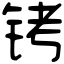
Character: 铐